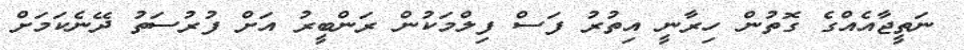
ނަތީޖާއެއްގެ ގޮތުން ހިރާނީ އިތުރު ފަސް ފިލްމަކުން ރަންބީރު އަށް ފުރުސަތު ދޭނެކަމަށް